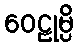
ဝေဠုမ္ပိ